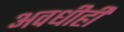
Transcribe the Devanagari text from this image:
अवधीही